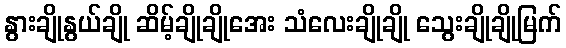
နွားချိုနွယ်ချို ဆိမ့်ချိုချိုအေး သံလေးချိုချို သွေးချိုချိုမြက်